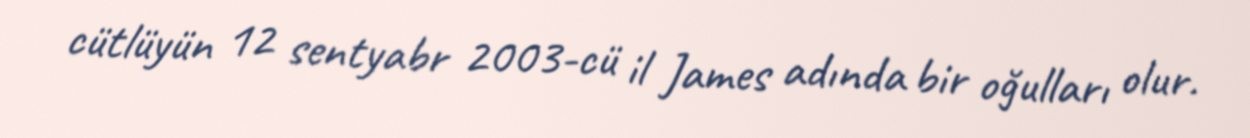
cütlüyün 12 sentyabr 2003-cü il James adında bir oğulları olur.